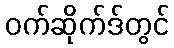
ဝက်ဆိုက်ဒ်တွင်